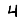
Digit: 4